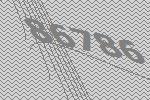
86786